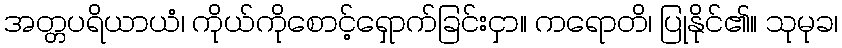
အတ္တပရိယာယံ၊ ကိုယ်ကိုစောင့်ရှောက်ခြင်းငှာ။ ကရောတိ၊ ပြုနိုင်၏။ သုမုခ၊